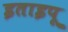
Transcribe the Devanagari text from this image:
इताइपू